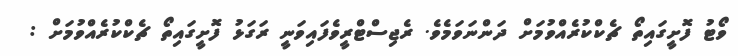
ވޯޓު ފޮށީގައިތޯ ޗެކްކުރެއްވުމަށް ދަންނަވަމެވެ. ރެޖިސްޓްރީވެފައިވަނީ ރަގަޅު ފޮށީގައިތޯ ޗެކްކުރެއްވުމަށް :